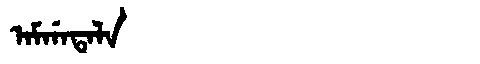
Manchu: ᠠᠮᡤᠠᡨᠠᠯᠠ
Romanization: AMGATALA